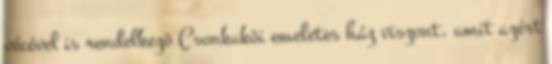
vécével is rendelkezõ Csonkakõi emeletes ház viszont, amit azért